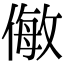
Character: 𠍁